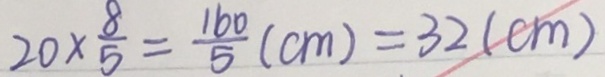
2 0 \times \frac { 8 } { 5 } = \frac { 1 6 0 } { 5 } ( c m ) = 3 2 ( c m )